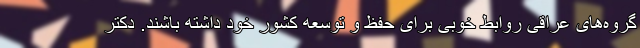
گروه‌های عراقی روابط خوبی برای حفظ و توسعه کشور خود داشته باشند. دکتر